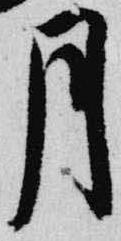
月